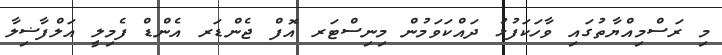
މި ރަސްމިއްޔާތުގައި ވާހަކަފުޅު ދައްކަވަމުން މިނިސްޓަރ އޮފް ޖެންޑަރ އެންޑް ފެމިލީ އަލްފާޟިލާ